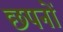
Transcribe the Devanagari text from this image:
छपनों